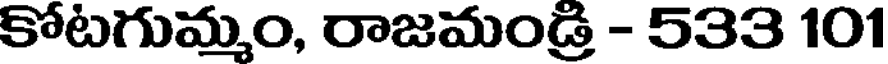
కోటగుమ్మం, రాజమండ్రి - 533 101